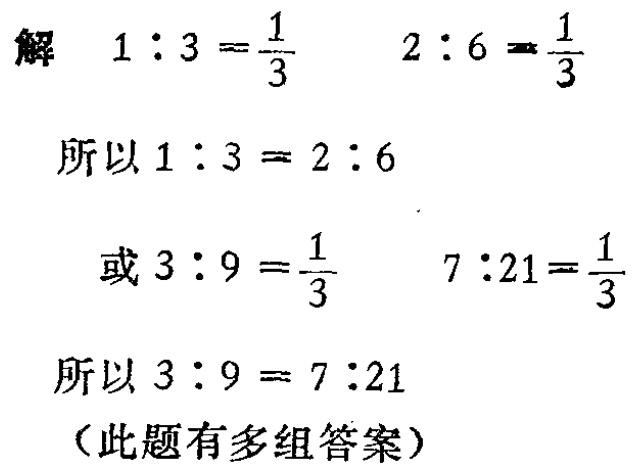
解 \(1:3 = \frac{1}{3}\) \(2:6 = \frac{1}{3}\)

所以 \(1:3 = 2:6\)

或 \(3:9 = \frac{1}{3}\) \(7:21=\frac{1}{3}\)

所以 \(3:9 = 7:21\)

（此题有多组答案）